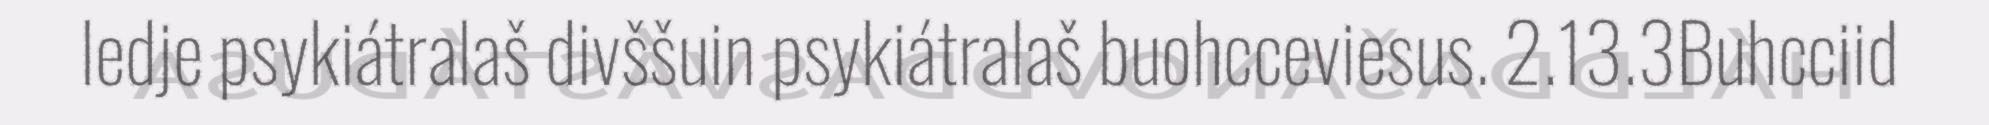
ledje psykiátralaš divššuin psykiátralaš buohcceviesus. 2.13.3Buhcciid